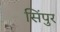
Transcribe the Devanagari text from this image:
सिंपुर